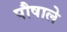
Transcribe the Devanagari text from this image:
पौषाले